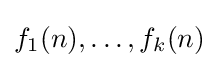
f_{1}(n),\ldots ,f_{k}(n)